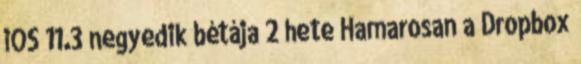
iOS 11.3 negyedik bétája 2 hete Hamarosan a Dropbox